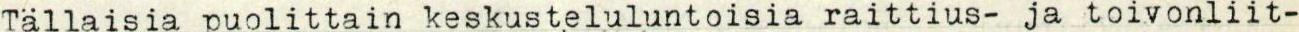
Tällaisia puolittain keskusteluluntoisia raittius- ja toivonliit-